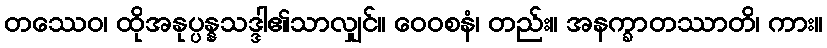
တဿေဝ၊ ထိုအနုပ္ပန္နသဒ္ဒါ၏သာလျှင်။ ဝေဝစနံ၊ တည်း။ အနက္ခာတဿာတိ၊ ကား။